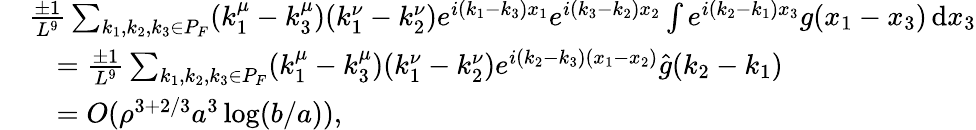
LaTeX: \begin{array}{rl}&{\frac{\pm 1}{L^{9}}\sum_{k_{1},k_{2},k_{3}\in P_{F}}(k_{1}^{\mu}-k_{3}^{\mu})(k_{1}^{\nu}-k_{2}^{\nu})e^{i(k_{1}-k_{3})x_{1}}e^{i(k_{3}-k_{2})x_{2}}\int e^{i(k_{2}-k_{1})x_{3}}g(x_{1}-x_{3})\, \textnormal{d}x_{3}}\\ &{\quad=\frac{\pm 1}{L^{9}}\sum_{k_{1},k_{2},k_{3}\in P_{F}}(k_{1}^{\mu}-k_{3}^{\mu})(k_{1}^{\nu}-k_{2}^{\nu})e^{i(k_{2}-k_{3})(x_{1}-x_{2})}\hat{g}(k_{2}-k_{1})}\\ &{\quad=O(\rho^{3+2/3}a^{3}\log(b/a)),}\end{array}